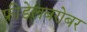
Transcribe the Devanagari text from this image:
फ्रीडेलबरोबर